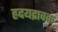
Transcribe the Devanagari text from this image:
ह्रदयद्रावक